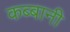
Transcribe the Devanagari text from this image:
कब्बानी